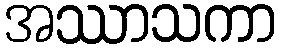
အဿာသကာ